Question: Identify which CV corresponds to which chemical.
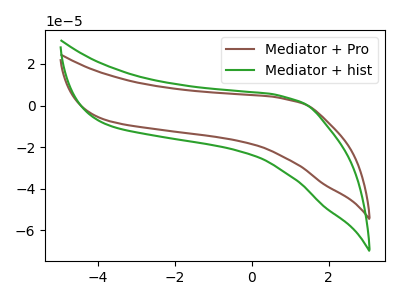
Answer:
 <answer>The brown curve is labeled "Mediator + Pro". The green curve is labeled "Mediator + hist".</answer>
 <eval></eval>